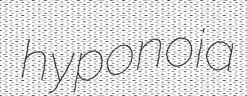
hyponoia